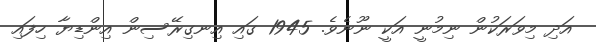
އަދި މިވަރަކުން ނިމުނީ އަކީ ނޫނެވެ. 1945 ގައި އިނގިރޭސިން އިންޑިޔާ ހިފައި